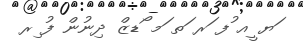
ަޔ ީއ ުފ ަރ ަތ ަމ ޯޑޒް ދިނުން ފު ިރ